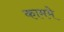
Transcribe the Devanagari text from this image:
काममे